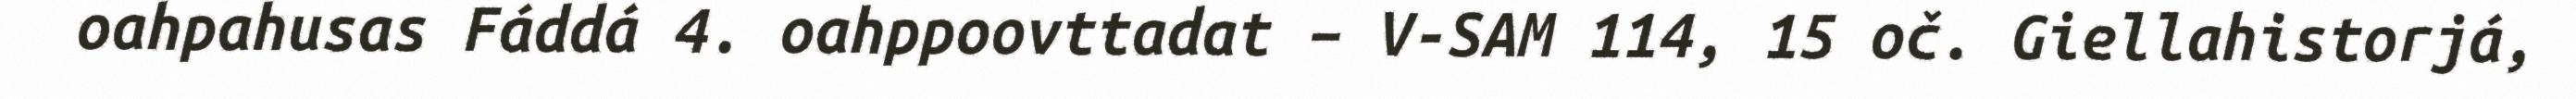
oahpahusas Fáddá 4. oahppoovttadat – V-SAM 114, 15 oč. Giellahistorjá,